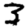
Digit: 3